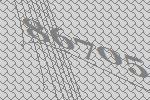
86705